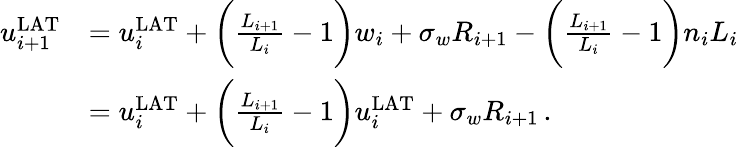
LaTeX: \begin{array}{rl}{u_{i+1}^{\mathrm{LAT}}}&{=u_{i}^{\mathrm{LAT}}+\bigg(\frac{L_{i+1}}{L_{i}}-1\bigg)w_{i}+\sigma_{w}R_{i+1}-\bigg(\frac{L_{i+1}}{L_{i}}-1\bigg)n_{i}L_{i}}\\ &{=u_{i}^{\mathrm{LAT}}+\bigg(\frac{L_{i+1}}{L_{i}}-1\bigg)u_{i}^{\mathrm{LAT}}+\sigma_{w}R_{i+1}\, .}\end{array}